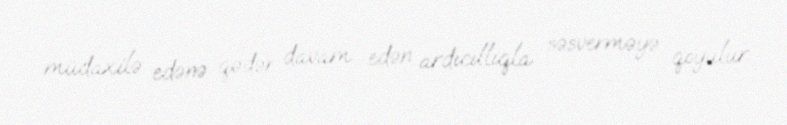
müdaxilə edənə qədər davam edən ardıcıllıqla səsverməyə qoyulur.